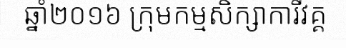
ឆ្នាំ២០១៦ ក្រុមកម្មសិក្សាការីវគ្គ